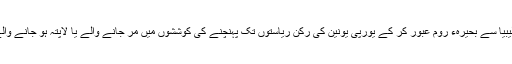
اس منصوبے کے تحت شمالی شام یا لیبیا سے بحیرہء روم عبور کر کے یورپی یونین کی رکن ریاستوں تک پہنچنے کی کوششوں میں مر جانے والے یا لاپتہ ہو جانے والے تارکین وطن کو تلاش کیا جائے گا۔